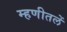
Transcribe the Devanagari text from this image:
म्हणीतलें